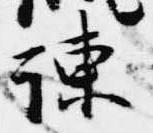
諫